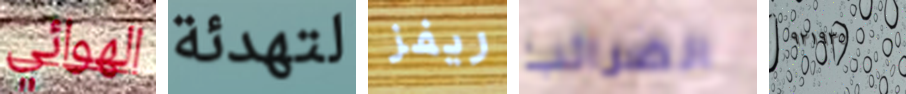
الهوائي لتهدئة ريفز الضرائب ٩٢١٩٣٥